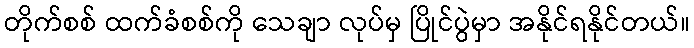
တိုက်စစ် ထက်ခံစစ်ကို သေချာ လုပ်မှ ပြိုင်ပွဲမှာ အနိုင်ရနိုင်တယ်။